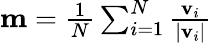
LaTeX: \begin{array}{r}{\mathbf{m}=\frac{1}{N}\sum_{i=1}^{N}\frac{\mathbf{v}_{i}}{|\mathbf{v}_{i}|}}\end{array}